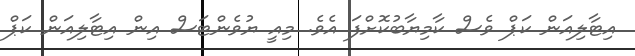
އިޓާލިއަން ކަޕް ވެސް ކާމިޔާބުކޮށްފަ އެވެ. މިއީ ޔުވެންޓަސް އިން އިޓާލިއަން ކަޕް